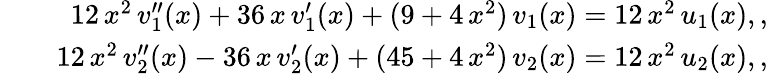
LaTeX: \begin{array}{rlr}&{}&{12\, x^{2}\, v_{1}^{\prime\prime}(x)+36\, x\, v_{1}^{\prime}(x)+(9+4\, x^{2})\, v_{1}(x)=12\, x^{2}\, u_{1}(x),,}\\ &{}&{12\, x^{2}\, v_{2}^{\prime\prime}(x)-36\, x\, v_{2}^{\prime}(x)+(45+4\, x^{2})\, v_{2}(x)=12\, x^{2}\, u_{2}(x),,}\end{array}